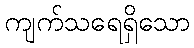
ကျက်သရေရှိသော